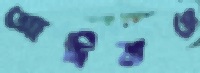
আদিবাও